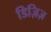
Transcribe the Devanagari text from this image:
डिज़िज़